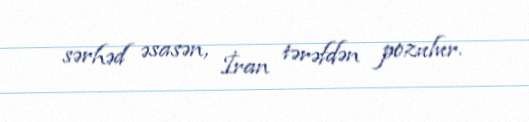
sərhəd əsasən, İran tərəfdən pozulur.